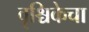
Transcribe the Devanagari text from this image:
वृश्चिकेचा